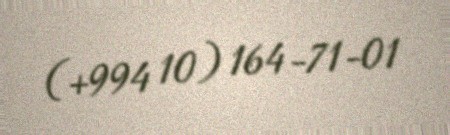
(+994 10) 164-71-01